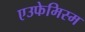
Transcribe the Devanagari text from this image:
एउफेमिस्म